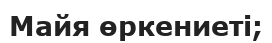
Майя өркениеті;